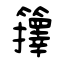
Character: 籜